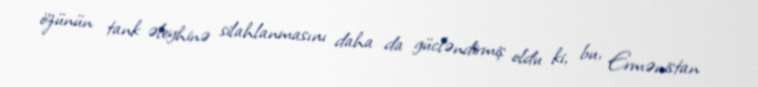
özünün tank əleyhinə silahlanmasını daha da gücləndirmiş oldu ki, bu, Ermənistan